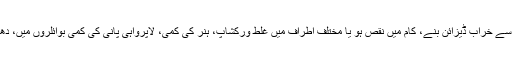
جبکہ وہ جگہ پر کسی بھی ناگہانی اور اچانک نقصان دیں یا خراب ہو جائیں جس وجہ سے خراب ڈیزائن بنے، کام میں نقص ہو یا مختلف اطراف میں غلط ورکشاپ، ہنر کی کمی، لاپرواہی پانی کی کمی بوائلروں میں، دھماکہ، شارٹ سرکٹ، طوفان یا کوئی ایسی وجہ جس کا اخراج پالیسی میں موجود نہ ہو۔